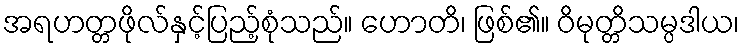
အရဟတ္တဖိုလ်နှင့်ပြည့်စုံသည်။ ဟောတိ၊ ဖြစ်၏။ ဝိမုတ္တိသမ္ပဒါယ၊